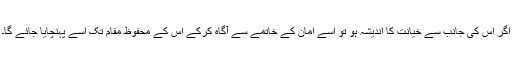
اگر اس کی جانب سے خیانت کا اندیشہ ہو تو اسے امان کے خاتمے سے آگاہ کرکے اس کے محفوظ مقام تک اسے پہنچایا جائے گا۔